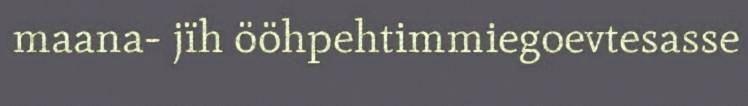
maana- jïh ööhpehtimmiegoevtesasse